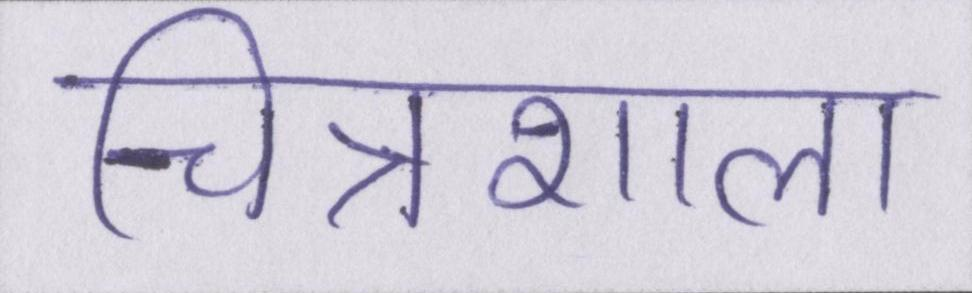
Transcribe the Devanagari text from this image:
चित्रशाला